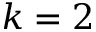
k = 2